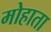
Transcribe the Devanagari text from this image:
मोहाता